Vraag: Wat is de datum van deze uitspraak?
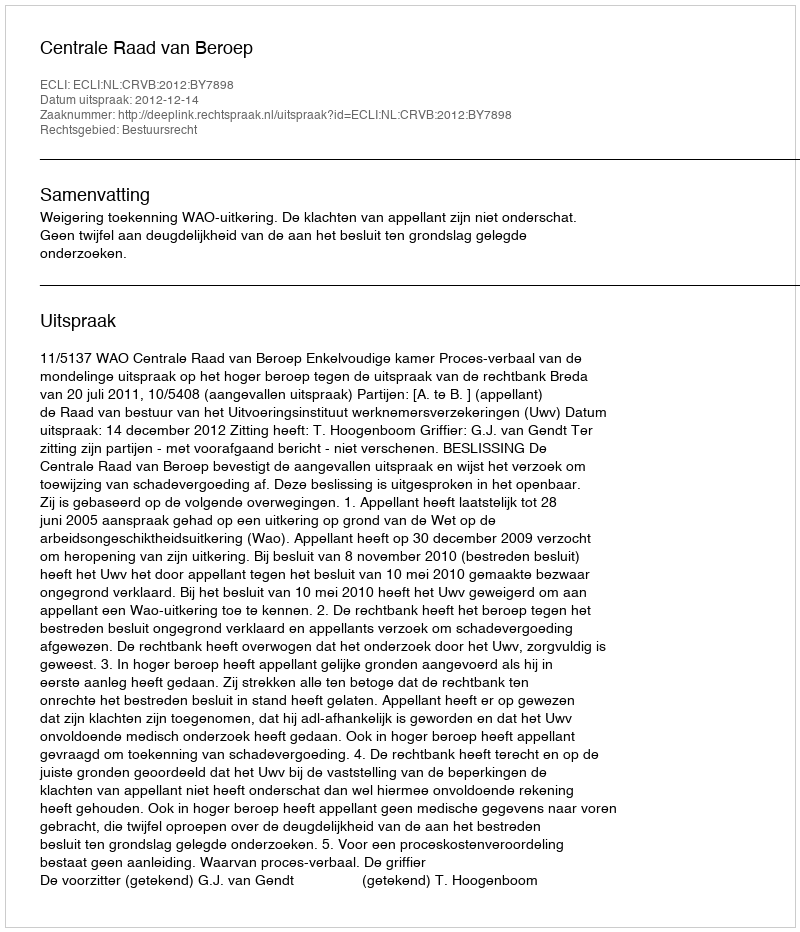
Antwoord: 2012-12-14